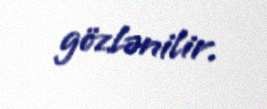
gözlənilir.